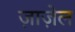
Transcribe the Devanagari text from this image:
ज़ाज़ेल